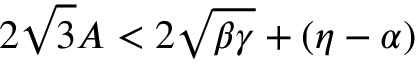
2 \sqrt { 3 } A < 2 \sqrt { \beta \gamma } + ( \eta - \alpha )